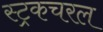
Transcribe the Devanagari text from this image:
स्ट्रकचरल